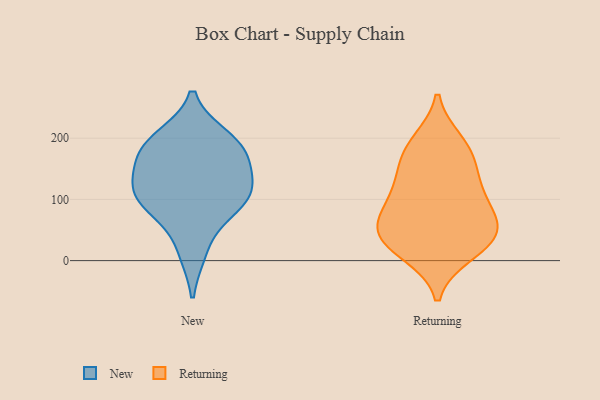
{"axis": {"x": "Operating Costs (USD K)", "y": "Value"}, "legend": ["New", "Returning"], "data": [{"x": "", "y": 136, "type": "New"}, {"x": "", "y": 161, "type": "New"}, {"x": "", "y": 200, "type": "New"}, {"x": "", "y": 186, "type": "New"}, {"x": "", "y": 89, "type": "New"}, {"x": "", "y": 99, "type": "New"}, {"x": "", "y": 119, "type": "New"}, {"x": "", "y": 187, "type": "New"}, {"x": "", "y": 16, "type": "New"}, {"x": "", "y": 96, "type": "New"}, {"x": "", "y": 12, "type": "Returning"}, {"x": "", "y": 66, "type": "Returning"}, {"x": "", "y": 166, "type": "Returning"}, {"x": "", "y": 118, "type": "Returning"}, {"x": "", "y": 186, "type": "Returning"}, {"x": "", "y": 19, "type": "Returning"}, {"x": "", "y": 40, "type": "Returning"}, {"x": "", "y": 63, "type": "Returning"}, {"x": "", "y": 194, "type": "Returning"}, {"x": "", "y": 88, "type": "Returning"}, {"x": "", "y": 42, "type": "Returning"}, {"x": "", "y": 109, "type": "Returning"}, {"x": "", "y": 42, "type": "Returning"}, {"x": "", "y": 144, "type": "Returning"}]}